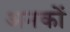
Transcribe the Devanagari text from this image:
अनकों